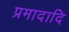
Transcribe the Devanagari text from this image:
प्रमादादि